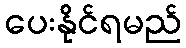
ပေးနိုင်ရမည်